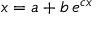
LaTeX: x = a + b \, e ^ { c x }